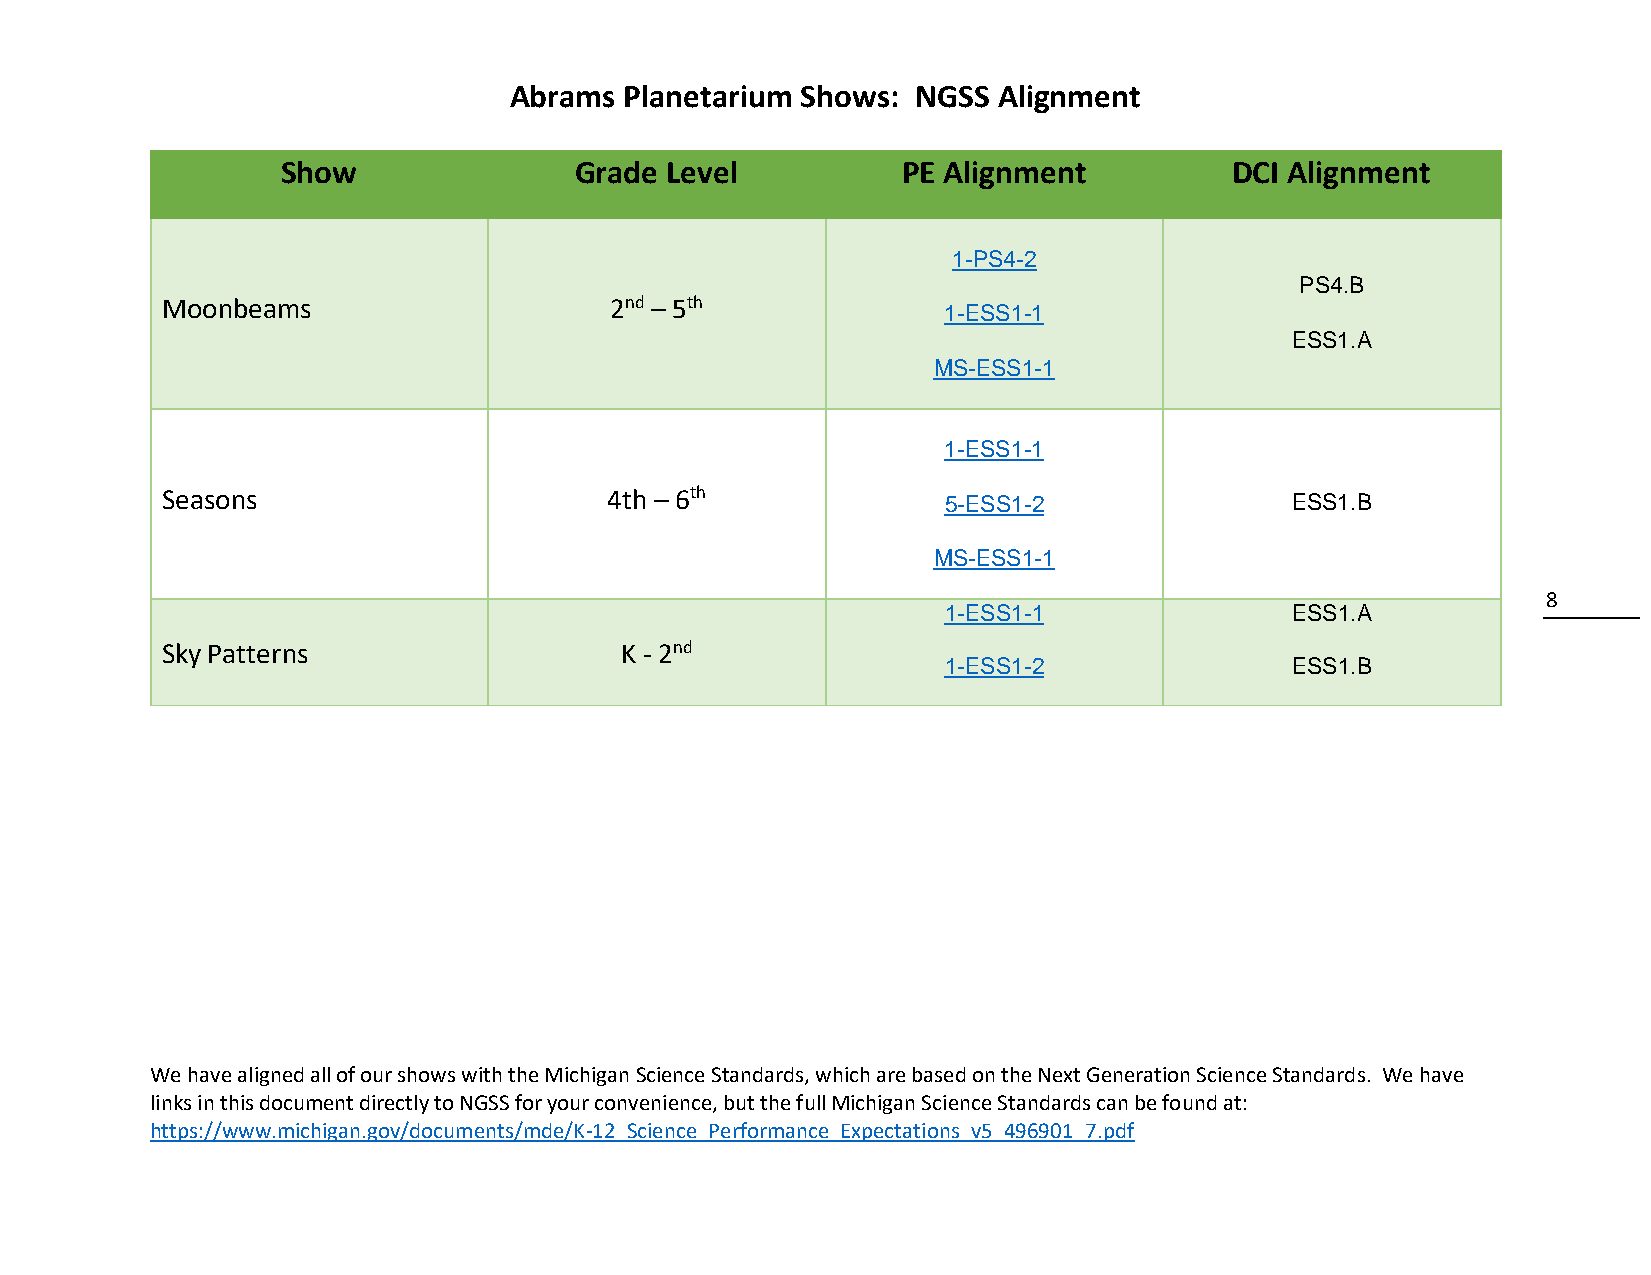
Abrams Planetarium Shows:  NGSS Alignment
 Show               Grade Level           PE Alignment          DCI Alignment
 1-PS4-2
 PS4.B
 Moonbeams                    2nd – 5th
 1-ESS1-1
 ESS1.A
 MS-ESS1-1
 1-ESS1-1
 Seasons                      4th – 6th              5-ESS1-2              ESS1.B
 MS-ESS1-1
 8
 1-ESS1-1              ESS1.A
 Sky Patterns                  K - 2nd
 1-ESS1-2              ESS1.B
 We have aligned all of our shows with the Michigan Science Standards, which are based on the Next Generation Science Standards. We have
 links in this document directly to NGSS for your convenience, but the full Michigan Science Standards can be found at:
 https://www.michigan.gov/documents/mde/K-12_Science_Performance_Expectations_v5_496901_7.pdf